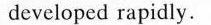
developed rapidly.